Snake-venoms in relation to hæmolysis - Number 17
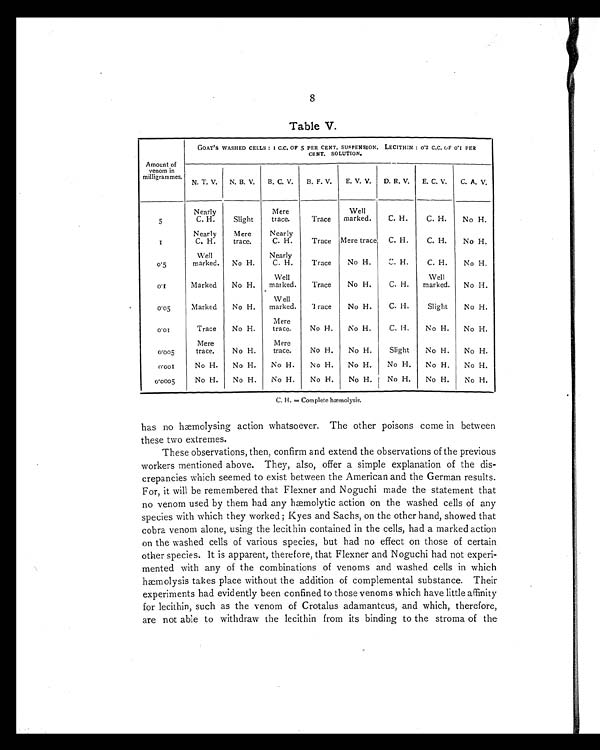
8
Table V.
Amount of
venom in
milligrammes.
GOAT' S WASHED CELLS : 1 C.C. OF 5 PER CENT. SUSPENSION. LECITHIN : 0.2 C.C. OF 0.1 PER
CENT. SOLUTION.
N. T. V.
N. B. V.
B. C. V.
B. F. V.
E. V. V.
D. R. V.
E. C. V.
C. A. V.
5
Nearly
C. H.
Slight
Mere
trace.
Trace
Well
marked.
C. H.
C. H.
No H.
1
Nearly
C. H.
Mere
trace.
Nearly
C. H.
Trace Mere trace
C. H.
C. H.
No H.
0.5
Well
marked.
No H.
Nearly
C. H.
Trace
No H.
C. H.
C. H.
No H.
0 . 1 Marked
No H.
Well
marked.
Trace
No H.
C. H.
Well
marked.
No H.
0 . 0 5 Marked
No H.
W ell
marked.
Trace
No H.
C. H.
Slight
No H.
0 . 0 1
Trace
No H.
Mere
trace.
No H.
No H.
C. H.
No H.
No H.
0 . 0 0 5
Mere
trace.
No H.
Mere
trace.
No H.
No H.
Slight
No H.
No H.
0 . 0 0 1 No H.
No H.
No H.
No H.
No H.
No H.
No H.
No H.
0 . 0 0 0 5
No H.
No H.
No H.
No H.
No H.
No H.
No H.
No H.
C. H. = Complete hæmolysis.
has no hæmolysing action whatsoever. The other poisons come in between
these two extremes.
These observations, then, confirm and extend the observations of the previous
workers mentioned above. They, also, offer a simple explanation of the dis-
crepancies which seemed to exist between the American and the German results.
For, it will be remembered that Flexner and Noguchi made the statement that
no venom used by them had any hæmolytic action on the washed cells of any
species with which they worked ; Kyes and Sachs, on the other hand, showed that
cobra venom alone, using the lecithin contained in the cells, had a marked action
on the washed cells of various species, but had no effect on those of certain
other species. It is apparent, therefore, that Flexner and Noguchi had not experi-
mented with any of the combinations of venoms and washed cells in which
hæmolysis takes place without the addition of complemental substance. Their
experiments had evidently been confined to those venoms which have little affinity
for lecithin, such as the venom of Crotalus adamanteus, and which, therefore,
are not able to withdraw the lecithin from its binding to the stroma of the